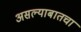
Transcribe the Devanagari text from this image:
असल्याबातचा